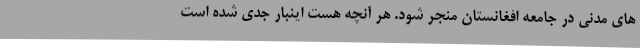
هاي مدني در جامعه افغانستان منجر شود. هر آنچه هست اینبار جدی شده است